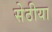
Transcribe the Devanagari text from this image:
सेठीया